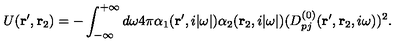
U ( { \bf r } ^ { \prime } , { \bf r } _ { 2 } ) = - \int _ { - \infty } ^ { + \infty } d \omega 4 \pi \alpha _ { 1 } ( { \bf r } ^ { \prime } , i | \omega | ) \alpha _ { 2 } ( { \bf r } _ { 2 } , i | \omega | ) ( D _ { p j } ^ { ( 0 ) } ( { \bf r } ^ { \prime } , { \bf r } _ { 2 } , i \omega ) ) ^ { 2 } .